Lock hospitals Punjab
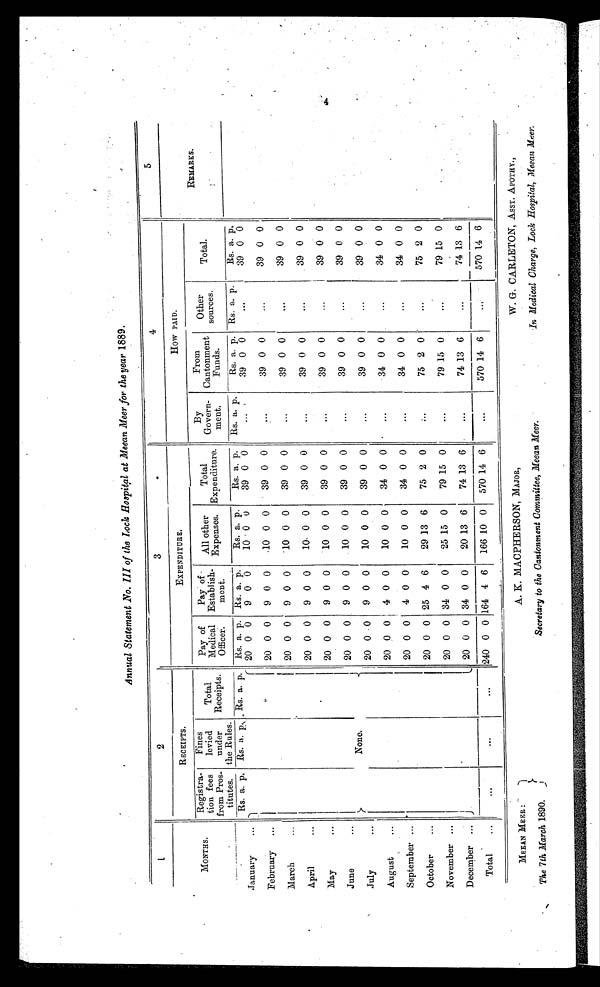
Annual Statement No. III of the Lock Hospital at Meean Meer for the year 1889.
1
2
3
4
5
MONTHS.
RECEIPTS.
EXPENDITURE.
How PAID.
REMARKS.
Registra-
tion fees
from Pros-
titutes.
Fines
levied
under
the Rules.
Total
Receipts.
P a
y of
Medical
Officer:
Pay of
Establish-
ment.
All other
Expenses.
Total
Expenditure.
B y
Govern-
ment.
From
Cantonment
Funds.
Other
sources.
Total.
January
...
Rs. a. p, Rs. a. p . Rs. a. p. Rs. a. p. Rs. a. p.
Rs. a. p.
Rs. a. p.
Rs. a. p,
Rs. a. p. Rs. a. p.
Rs. a. p.
None.
20 0 0
9 0 0
10 0 0
39 0 0
...
39 0 0
...
39 0 0
February ...
20 0 0
9 0 0
1 0 0 0
39 0 0
. . .
39 0 0
...
39 0 0
March
...
20 0 0
9 0 0
1 0 0 0
39 0 0
...
39 0 0
...
39 0 0
April
. . .
20 0 0
9 0 0
10 0 0
39 0 0
. . .
39 0 0
...
39 0 0
May
. . .
20 0 0
9 0 0
10 0 0
39 0 0
. . .
39 0 0
. . . 39 0 0
June
...
20 0 0
9 0 0
10 0 0
39 0 0
...
39 0 0
...
39 0 0
July
. . .
2 0 0 0
9 0 0
10 0 0
39 0 0
...
39 0 0
...
39 0 0
August
...
20 0 0 4 0 0
10 0 0
34 0 0
...
34 0 0
...
34 0 0
September ...
20 0 0
4 0 0
10 0 0
34 0 0
...
34 0 0
...
34 0 0
October
...
20 0 0 25 4 6
29 13 6
75 2 0
...
75 2 0
...
75 2 0
20 0 0 34 0 0
25 15 0
79 15 0
. . .
79 15 0
...
79 15 0
November ...
20 0 0 34 0 0
20 13 6
74 13 6
. . .
74 13
6
...
74 13 6
December ...
Total
...
...
...
240 0 0 164 4 6
166 10 0
570 14 6
...
570 14 6
...
570 14 6
MEEAN MEER:
The 7th March 1890.
A. K. MACPHERSON, MAJOR,
Secretary to the Cantonment Committee, Meean Meer.
W. G. CARLETON, ASST. APOTHY.,
In Medical Charge, Lock Hospital, Meean Meer.